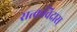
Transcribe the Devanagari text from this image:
सत्कविदास